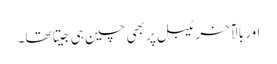
اور بالآخر ٹیبل پر بھی چین ہی جیتا تھا۔